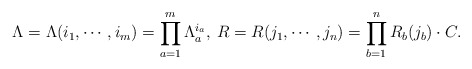
\begin{align*} \Lambda = \Lambda (i_1, \cdots , i_m) = \prod_{a=1}^{m} \Lambda _a ^{i_a}, \medspace R = R(j_1, \cdots , j_n) = \prod_{b=1}^{n} R_b (j_b) \cdot C.\end{align*}